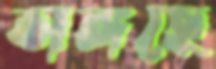
ভাঙ্গছে